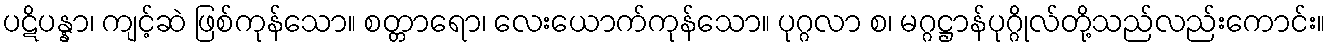
ပဋိပန္နာ၊ ကျင့်ဆဲ ဖြစ်ကုန်သော။ စတ္တာရော၊ လေးယောက်ကုန်သော။ ပုဂ္ဂလာ စ၊ မဂ္ဂဋ္ဌာန်ပုဂ္ဂိုလ်တို့သည်လည်းကောင်း။